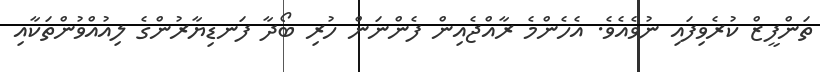
ތަންފީޒް ކުރެވިފައި ނުވެއެވެ. އެހެންމެ ރާއްޖެއިން ފެންނަން ހުރި ބޯދާ ފަނޑިޔާރުންގެ ލިއުއްވުންތަކާއި